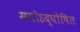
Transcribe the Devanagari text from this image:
सवोऽद्घोषित